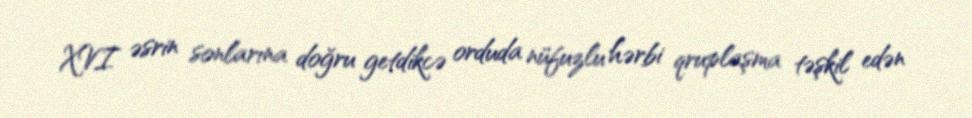
XVI əsrin sonlarına doğru getdikcə orduda nüfuzlu hərbi qruplaşma təşkil edən